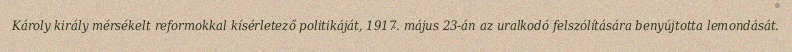
Károly király mérsékelt reformokkal kísérletező politikáját, 1917. május 23-án az uralkodó felszólítására benyújtotta lemondását.